Lock hospitals Punjab
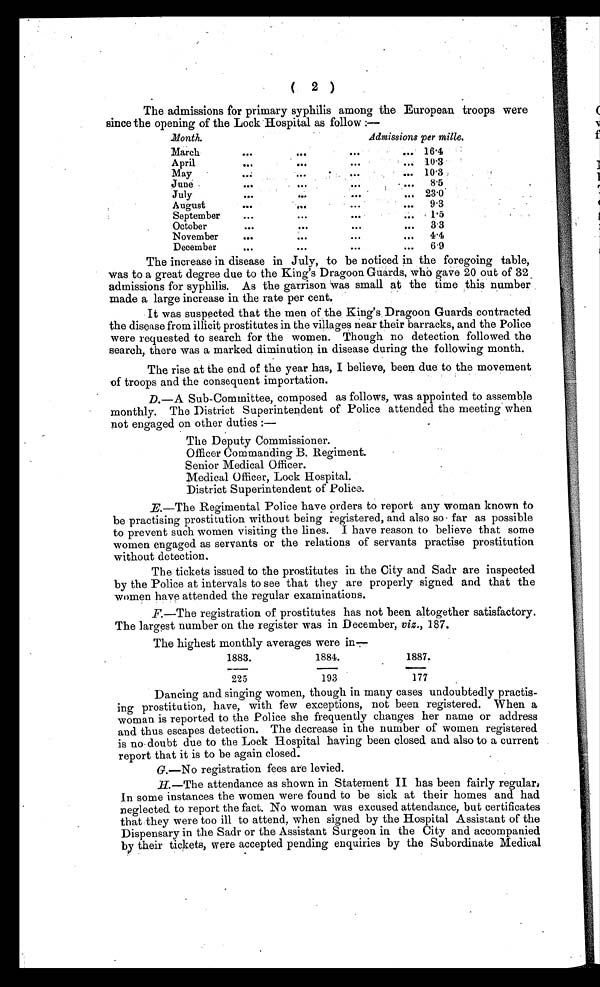
( 2 )
The admissions for primary syphilis among the European troops were
since the opening of the Lock Hospital as follow :—
Month.
Admissions per mille.
March
. . .
. . .
. . .
. . . 16.4
April
. . .
. . .
. . .
. . . 10.3
May
. . .
. . .
. . .
. . . 10.3
June
. . .
...
. . .
. . .
8.5
July
. . .
. . .
. . .
. . . 23.0
August
. . .
. . .
. . .
. . .
9.3
September
...
...
. . .
. . .
1.5
October
...
. . .
...
...
3.3
November
. . .
. . .
. . .
. . .
4.4
December
. . .
. . .
. . .
. . .
6.9
The increase in disease in July, to be noticed in the foregoing table,
was to a great degree due to the King's Dragoon Guards, who gave 20 out of 32
admissions for syphilis. As the garrison was small at the time this number
made a large increase in the rate per cent.
It was suspected that the men of the King's Dragoon Guards contracted
the disease from illicit prostitutes in the villages near their barracks, and the Police
were requested to search for the women. Though no detection followed the
search, there was a marked diminution in disease during the following month.
The rise at the end of the year has, I believe, been due to the movement
of troops and the consequent importation.
D.—A Sub-Committee, composed as follows, was appointed to assemble
monthly. The District Superintendent of Police attended the meeting when
not engaged on other duties :—
The Deputy Commissioner.
Officer Commanding B. Regiment.
Senior Medical Officer.
Medical Officer, Lock Hospital.
District Superintendent of Police.
E.—The Regimental Police have orders to report any woman known to
be practising prostitution without being registered, and also so far as possible
to prevent such women visiting the lines. I have reason to believe that some
women engaged as servants or the relations of servants practise prostitution
without detection.
The tickets issued to the prostitutes in the City and Sadr are inspected
by the Police at intervals to see that they are properly signed and that the
women have attended the regular examinations.
F.—The registration of prostitutes has not been altogether satisfactory.
The largest number on the register was in December, viz., 187.
The highest monthly averages were in—
1883.
1884.
1887.
225
1 9 3
177
Dancing and singing women, though in many cases undoubtedly practis-
ing prostitution, have, with few exceptions, not been registered. When a
woman is reported to the Police she frequently changes her name or address
and thus escapes detection. The decrease in the number of women registered
is no doubt due to the Lock Hospital having been closed and also to a current
report that it is to be again closed.
G.—No registration fees are levied.
H.—The attendance as shown in Statement II has been fairly regular,
In some instances the women were found to be sick at their homes and had
neglected to report the fact. No woman was excused attendance, but certificates
that they were too ill to attend, when signed by the Hospital Assistant of the
Dispensary in the Sadr or the Assistant Surgeon in the City and accompanied
by their tickets, were accepted pending enquiries by the Subordinate Medical